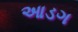
આડગ